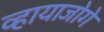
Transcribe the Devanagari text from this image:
व्हायाजोगे